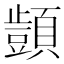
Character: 𮨜